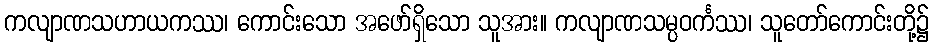
ကလျာဏသဟာယကဿ၊ ကောင်းသော အဖော်ရှိသော သူအား။ ကလျာဏသမ္ပဝင်္ကဿ၊ သူတော်ကောင်းတို့၌